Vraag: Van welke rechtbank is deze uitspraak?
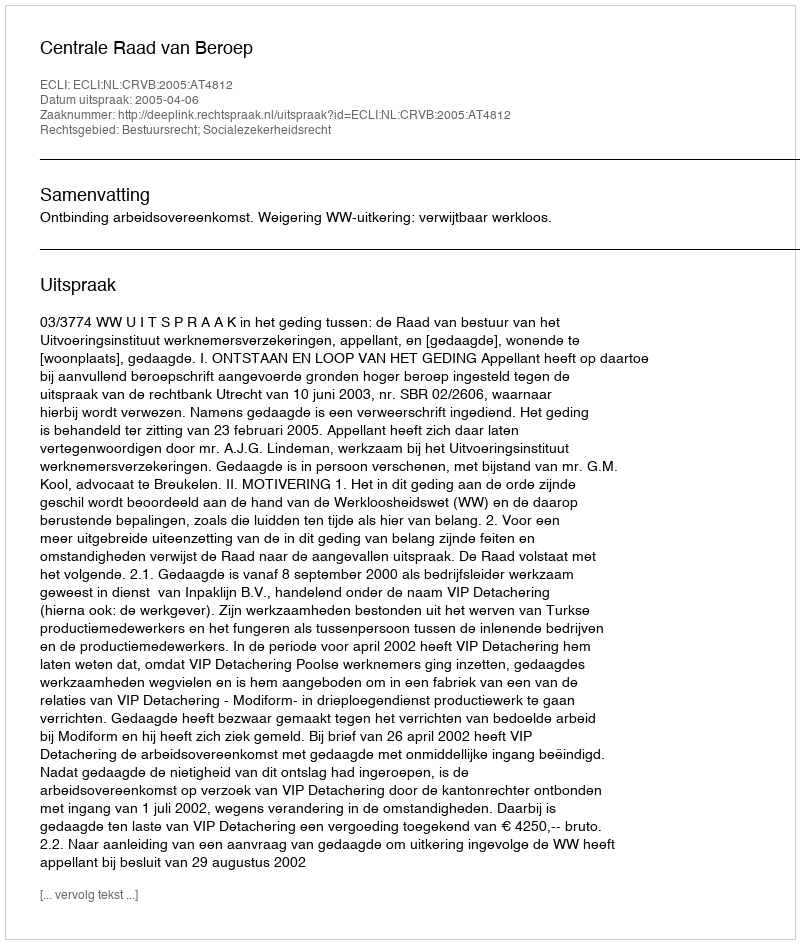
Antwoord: Centrale Raad van Beroep